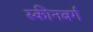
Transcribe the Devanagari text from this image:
स्कीनबर्ग